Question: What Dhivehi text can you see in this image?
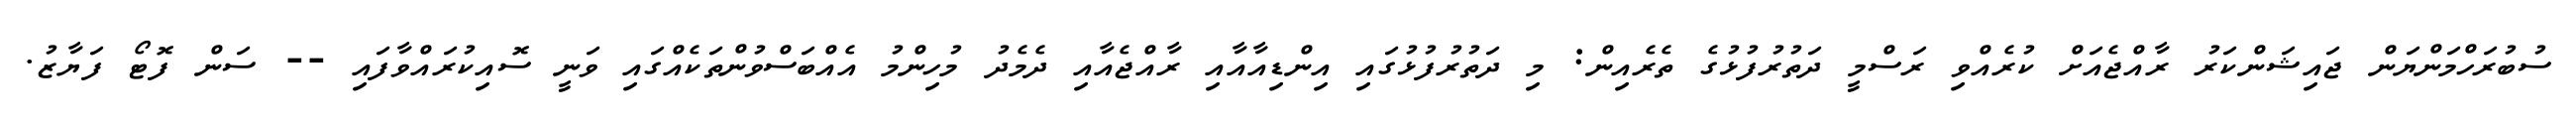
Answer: ސުބުރަހްމަންޔަން ޖައިޝަންކަރު ރާއްޖެއަށް ކުރެއްވި ރަސްމީ ދަތުރުފުޅުގެ ތެރެއިން: މި ދަތުރުފުޅުގައި އިންޑިއާއާއި ރާއްޖެއާއި ދެމެދު މުހިންމު އެއްބަސްވުންތަކެއްގައި ވަނީ ސޮއިކުރައްވާފައި -- ސަން ފޮޓޯ ފަޔާޒު.